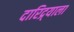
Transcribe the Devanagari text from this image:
दारिद्र्याला